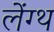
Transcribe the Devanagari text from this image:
लेंग्थ